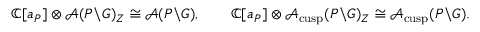
\begin{array} { r } { \mathbb { C } [ \mathfrak { a } _ { P } ] \otimes \mathcal { A } ( P \backslash G ) _ { Z } \cong \mathcal { A } ( P \backslash G ) , \qquad \mathbb { C } [ \mathfrak { a } _ { P } ] \otimes \mathcal { A } _ { \mathrm { c u s p } } ( P \backslash G ) _ { Z } \cong \mathcal { A } _ { \mathrm { c u s p } } ( P \backslash G ) . } \end{array}